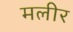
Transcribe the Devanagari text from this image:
मलीर